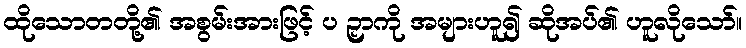
ထိုသောတတို့၏ အစွမ်းအားဖြင့် ပ ဉှာကို အများဟူ၍ ဆိုအပ်၏ ဟူလိုသော်။